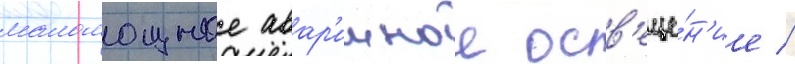
маломощное авар'ииное осв'еще́н'ие //